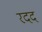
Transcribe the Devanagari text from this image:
रदद